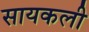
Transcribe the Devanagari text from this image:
सायकली